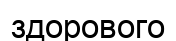
здорового